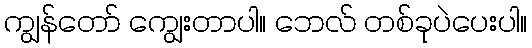
ကျွန်တော် ကျွေးတာပါ။ ဘေလ် တစ်ခုပဲပေးပါ။